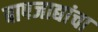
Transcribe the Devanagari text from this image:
बापजाद्यांचा